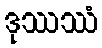
ဒုဿဿံ